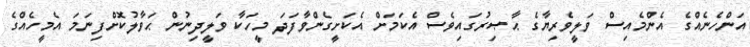
އަންހެނެއްގެ އެންމެއިސް ވަލީވެރިޔާގެ ޙާޞިރުގައިވެސް އެކަމަށް އެކަށީގެންވާފަދަ މީހަކާ ވަލީދިނުން ޙަވާލުކޮށްފިނަމަ އެމީހެއްގެ